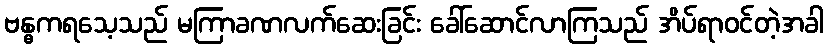
ဗန္ဓကရသေ့သည် မကြာခဏလက်ဆေးခြင်း ခေါ်ဆောင်လာကြသည် အိပ်ရာဝင်တဲ့အခါ